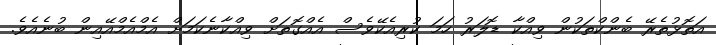
އަތޮޅުތެރޭ ބެންކްތަކުން ވިއްކާ ޑޮލަރު ހަމަ ކުރިއެކޭވެސް އެއްގޮތަށް ވިއްކާނެކަމަށް އެމްއެމްއޭއިން ބުނެއެވެ.